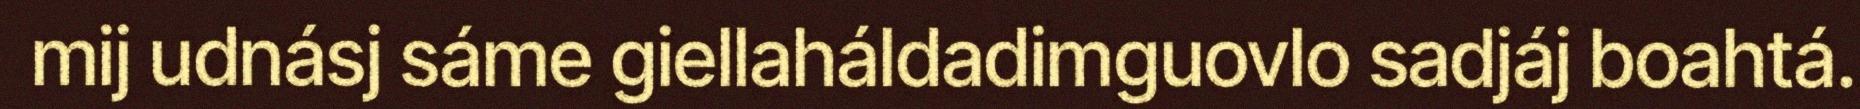
mij udnásj sáme giellaháldadimguovlo sadjáj boahtá.